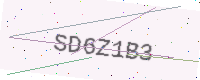
Text: SD6Z1B3